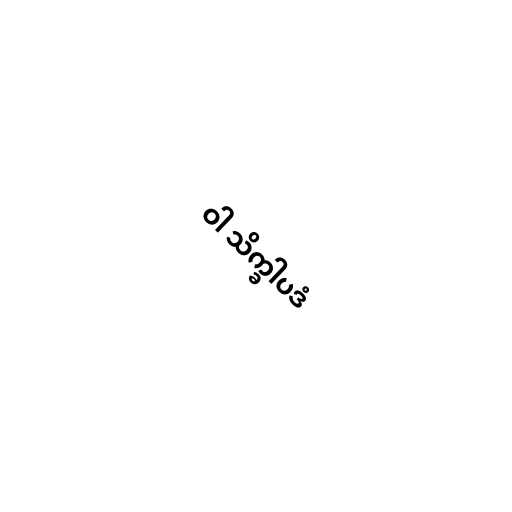
ဝါ သိက္ခါပဒံ